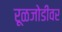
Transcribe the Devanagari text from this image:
रूळजोडीवर